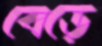
বেঁড়ে